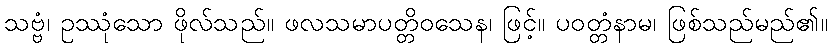
သဗ္ဗံ၊ ဥဿုံသော ဖိုလ်သည်။ ဖလသမာပတ္တိဝသေန၊ ဖြင့်။ ပဝတ္တံနာမ၊ ဖြစ်သည်မည်၏။